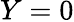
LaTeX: Y=0